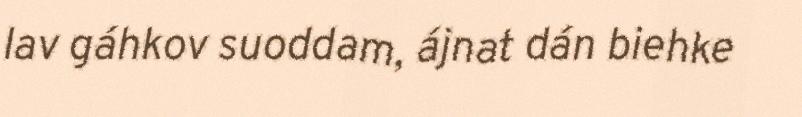
lav gáhkov suoddam, ájnat dán biehke